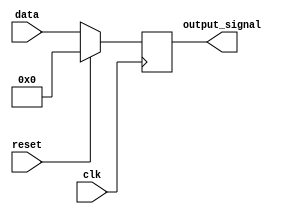
module synchronous_reset_example (
    input wire clk,         // Clock signal
    input wire reset,       // Synchronous reset signal
    input wire [7:0] data,  // Example input data (8-bit wide)
    output reg [7:0] output_signal // Example output signal (8-bit wide)
);

    // State variable (if needed)
    reg [7:0] state; // Example state variable

    // Always block triggered on the rising edge of the clock
    always @(posedge clk) begin
        if (reset) begin
            // If reset is asserted, initialize the output and state
            output_signal <= 8'b0; // Reset output to zero
            state <= 8'b0;          // Reset state variable to zero
        end else begin
            // Normal operation (example operation)
            output_signal <= data;  // Update output based on input data
            state <= state + 1;      // Example state update (increment)
        end
    end

endmodule